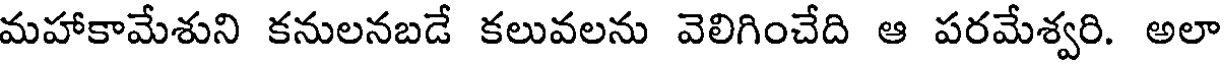
మహాకామేశుని కనులనబడే కలువలను వెలిగించేది ఆ పరమేశ్వరి. అలా